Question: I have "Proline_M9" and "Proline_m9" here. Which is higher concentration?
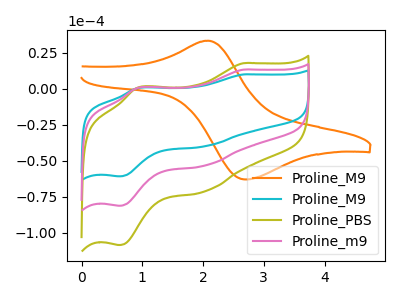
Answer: <think>The orange curve "Proline_M9" has an anodic peak at (2.10V, 33.40uA) and a cathodic peak at (2.70V, -62.90uA). The cyan curve "Proline_M9" has anodic peaks at (2.65V, 9.95uA) (0.95V, 0.50uA) and cathodic peaks at (2.05V, -39.85uA) (0.65V, -60.75uA). The olive curve "Proline_PBS" has anodic peaks at (2.65V, 26.55uA) (0.95V, 1.35uA) and cathodic peaks at (2.05V, -106.45uA) (0.65V, -162.35uA). The pink curve "Proline_m9" has anodic peaks at (2.65V, 13.25uA) (0.95V, 0.65uA) and cathodic peaks at (2.05V, -53.20uA) (0.65V, -81.20uA).
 All the peaks in "Proline_M9" have a peak in "Proline_m9" at the same potential. Every peak in "Proline_M9" is lower than every peak in "Proline_m9".</think>
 <answer>"Proline_M9" has less signal than "Proline_m9" and so likely has a lower concentration.</answer>
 <eval>less_concentration</eval>